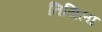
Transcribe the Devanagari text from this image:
तिथिला